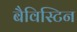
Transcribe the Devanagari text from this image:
बैविस्टिन